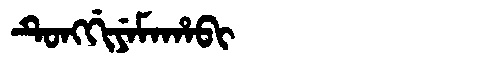
Manchu: ᡨᡠᠩᡤᡳᠶᡝᠮᠠᡥᠠᠪᡳ
Romanization: TUNGGIYEMAHABI